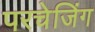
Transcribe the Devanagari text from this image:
परचेजिंग